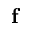
\mathbf { f }